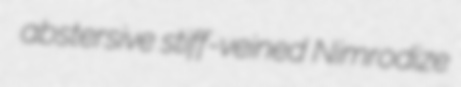
abstersive stiff-veined Nimrodize